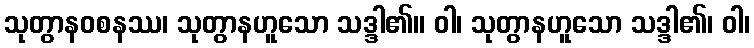
သုတွာနဝစနဿ၊ သုတွာနဟူသော သဒ္ဒါ၏။ ဝါ၊ သုတွာနဟူသော သဒ္ဒါ၏၊ ဝါ၊